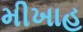
મીખાહ